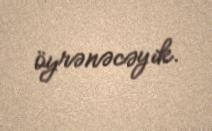
öyrənəcəyik.